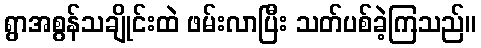
ရွာအစွန်သချိုင်းထဲ ဖမ်းလာပြီး သတ်ပစ်ခဲ့ကြသည်။